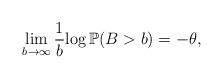
LaTeX: \begin{align*}\lim_{b\rightarrow\infty}\frac{1}{b}{\log \mathbb{P}( B> b )} = -\theta,\end{align*}